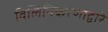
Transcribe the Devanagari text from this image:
विलिनिकरणाद्वारे